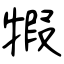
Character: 犌